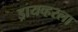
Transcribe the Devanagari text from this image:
ड्रायव्हरला